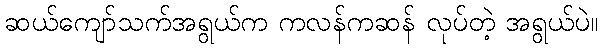
ဆယ်ကျော်သက်အရွယ်က ကလန်ကဆန် လုပ်တဲ့ အရွယ်ပဲ။